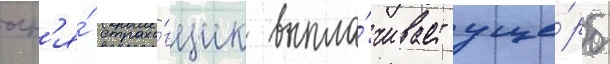
огн'я́ страхо́вщик выпла́чивает уще́рб